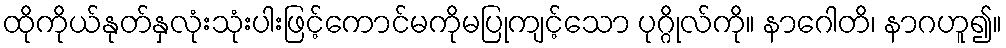
ထိုကိုယ်နုတ်နှလုံးသုံးပါးဖြင့်ကောင်မကိုမပြုကျင့်သော ပုဂ္ဂိုလ်ကို။ နာဂေါတိ၊ နာဂဟူ၍။